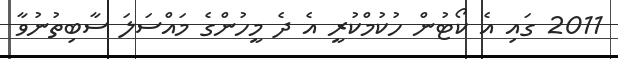
2011 ގައި އެ ކޯޓުން ހުކުމްކުރީ އެ ދެ މީހުންގެ މައްސަލަ ސާބިތުނުވާ